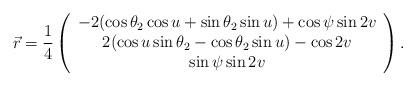
LaTeX: \begin{align*}\vec r={1\over4} \left( \begin{array}{c} -2(\cos{\theta_2} \cos{u} + \sin{\theta_2} \sin{u}) + \cos{\psi} \sin{2v} \\ 2 (\cos{u} \sin{\theta_2} - \cos{\theta_2} \sin{u}) - \cos{2v} \\ \sin{\psi} \sin{2v} \\ \end{array} \right).\end{align*}